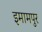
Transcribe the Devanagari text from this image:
इमामपुर